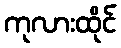
ကုလားထိုင်